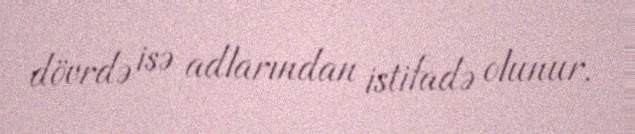
dövrdə isə adlarından istifadə olunur.